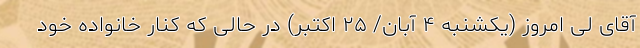
آقای لی امروز (یکشنبه ۴ آبان/ ۲۵ اکتبر) در حالی که کنار خانواده خود